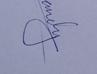
Signature authenticity: genuine